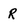
Character: R